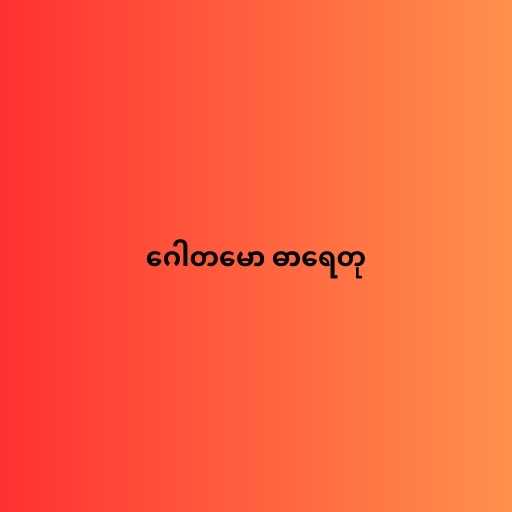
ဂေါတမော ဓာရေတု